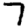
Digit: 7